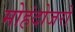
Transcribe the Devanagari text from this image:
मोहंदोजरो